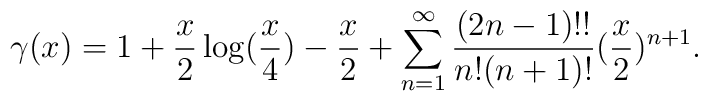
\gamma (x)= 1+\frac{x}{2}\log (\frac{x}{4})-\frac{x}{2}+\sum_{n=1}^{\infty}             \frac{(2n-1)!!}{n!(n+1)!}(\frac{x}{2})^{n+1} .